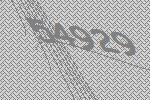
54929